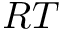
R T